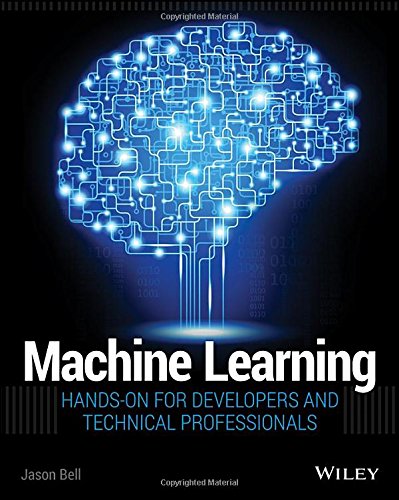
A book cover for Machine Learning: Hands-On for Developers and Technical Professionals; Jason Bell; Computers & Technology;